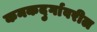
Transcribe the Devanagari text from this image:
कनकदुर्गावरील